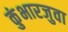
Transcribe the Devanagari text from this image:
कुंभारजुवा